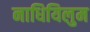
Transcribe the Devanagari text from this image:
नाधियिलुम